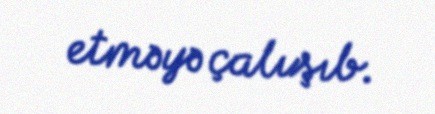
etməyə çalışıb.